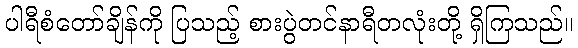
ပါရီစံတော်ချိန်ကို ပြသည့် စားပွဲတင်နာရီတလုံးတို့ ရှိကြသည်။